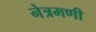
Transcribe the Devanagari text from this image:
नेत्रमणी